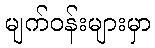
မျက်ဝန်းများမှာ